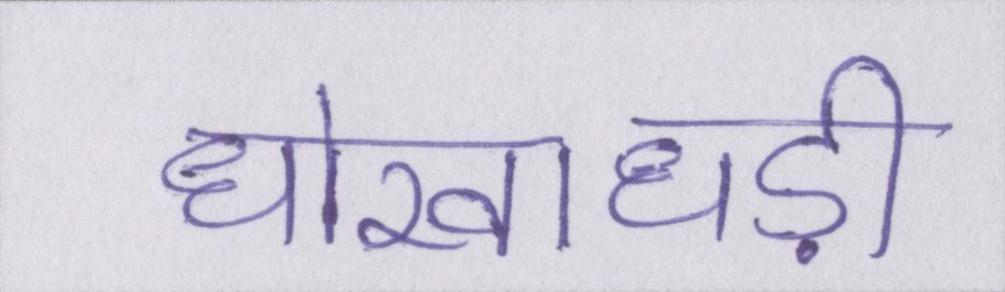
धोखाधड़ी